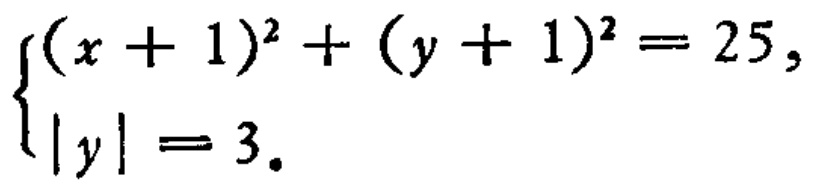
$\begin{cases}(x + 1)^{2}+(y + 1)^{2}=25,\\|y| = 3.\end{cases}$